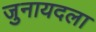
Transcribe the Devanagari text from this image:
जुनायदला